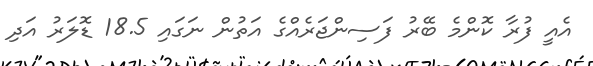
އެއީ ފުރާ ކޮންމެ ބޭރު ފަސިންޖަރެއްގެ އަތުން ނަގައި 18.5 ޑޮލަރު އަދި